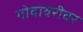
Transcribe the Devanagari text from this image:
गोदावरीवर